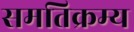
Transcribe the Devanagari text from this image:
समतिक्रम्य